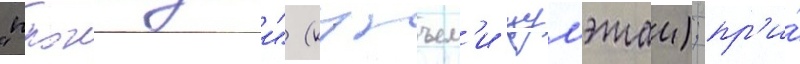
"прохладныи" (кунъем'и цумэтаи); пр'и́